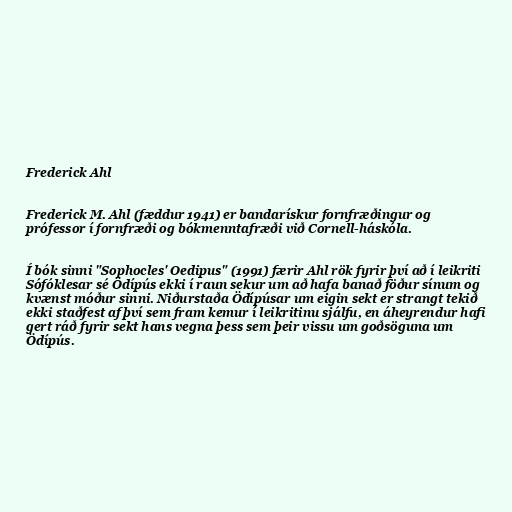
Frederick Ahl

Frederick M. Ahl (fæddur 1941) er bandarískur fornfræðingur og
prófessor í fornfræði og bókmenntafræði við Cornell-háskóla.

Í bók sinni "Sophocles' Oedipus" (1991) færir Ahl rök fyrir því að í leikriti
Sófóklesar sé Ödípús ekki í raun sekur um að hafa banað föður sínum og
kvænst móður sinni. Niðurstaða Ödípúsar um eigin sekt er strangt tekið
ekki staðfest af því sem fram kemur í leikritinu sjálfu, en áheyrendur hafi
gert ráð fyrir sekt hans vegna þess sem þeir vissu um goðsöguna um
Ödípús.